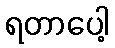
ရတာပေါ့